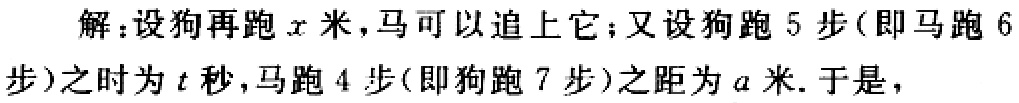
解：设狗再跑\(x\)米，马可以追上它；又设狗跑\(5\)步(即马跑\(6\)步)之时为\(t\)秒，马跑\(4\)步(即狗跑\(7\)步)之距为\(a\)米. 于是，